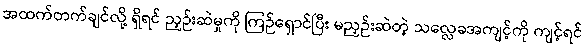
အထက်တက်ချင်လို့ ရှိရင် ညှဉ်းဆဲမှုကို ကြဉ်ရှောင်ပြီး မညှဉ်းဆဲတဲ့ သလ္လေခအကျင့်ကို ကျင့်ရင်